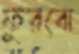
ফুরবো